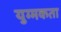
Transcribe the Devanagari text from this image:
युग्मकता